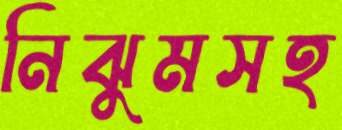
নিঝুমসহ